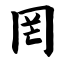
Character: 罔